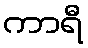
ကာရီ